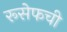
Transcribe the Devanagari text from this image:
रूसेफची